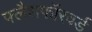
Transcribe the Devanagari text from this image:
फ्लैशफॉरवर्ड